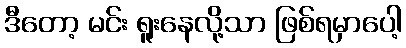
ဒီတော့ မင်း ရူးနေလို့သာ ဖြစ်ရမှာပေါ့